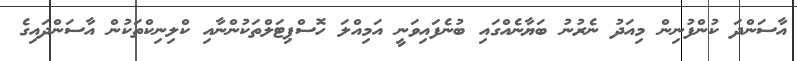
އާސަންދަ ކުންފުނިން މިއަދު ނެރުނު ބަޔާނެއްގައި ބުނެފައިވަނީ އަމިއްލަ ހޮސްޕިޓަލްތަކުންނާއި ކްލިނިކްތަކުން އާސަންދައިގެ